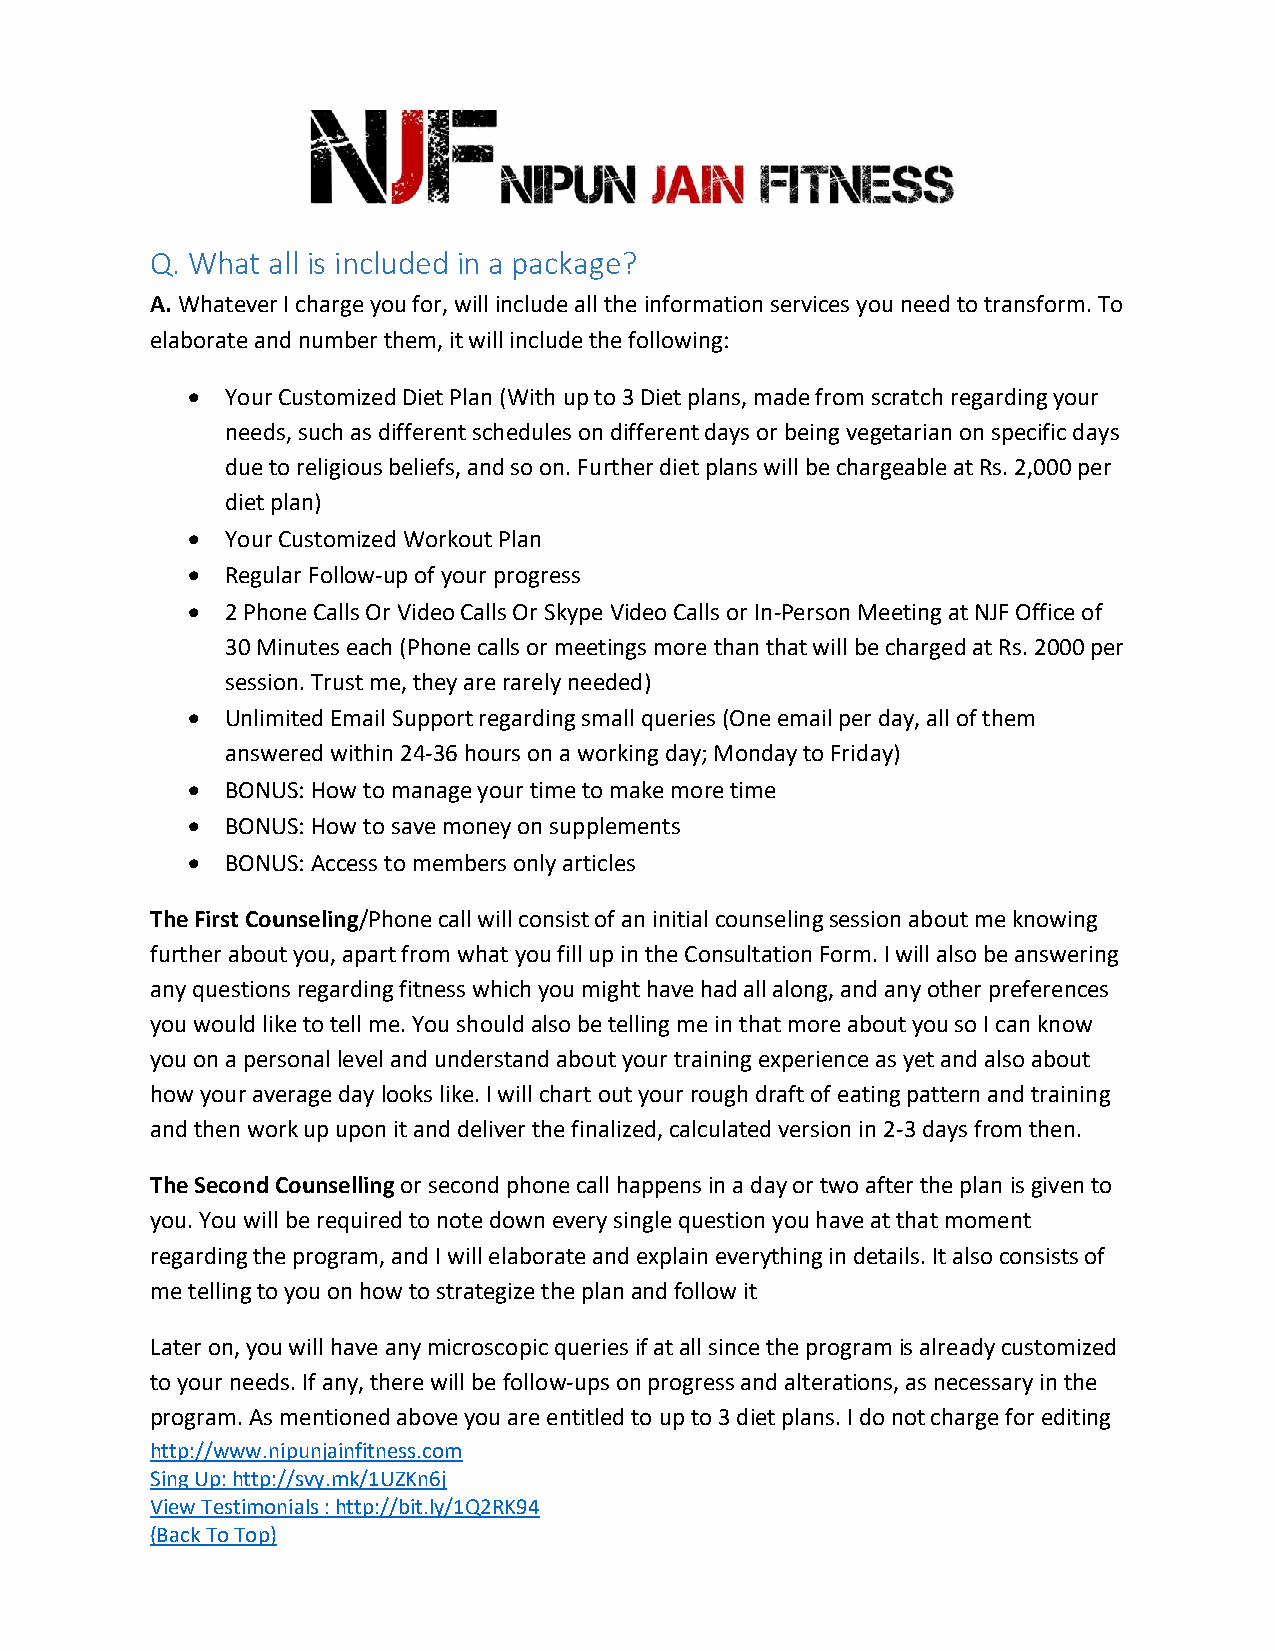
Q. What all is included in a package?
 A. Whatever I charge you for, will include all the information services you need to transform. To
 elaborate and number them, it will include the following:
 •  Your Customized Diet Plan (With up to 3 Diet plans, made from scratch regarding your
 needs, such as different schedules on different days or being vegetarian on specific days
 due to religious beliefs, and so on. Further diet plans will be chargeable at Rs. 2,000 per
 diet plan)
 •  Your Customized Workout Plan
 •  Regular Follow-up of your progress
 •  2 Phone Calls Or Video Calls Or Skype Video Calls or In-Person Meeting at NJF Office of
 30 Minutes each (Phone calls or meetings more than that will be charged at Rs. 2000 per
 session. Trust me, they are rarely needed)
 •  Unlimited Email Support regarding small queries (One email per day, all of them
 answered within 24-36 hours on a working day; Monday to Friday)
 •  BONUS: How to manage your time to make more time
 •  BONUS: How to save money on supplements
 •  BONUS: Access to members only articles
 The First Counseling/Phone call will consist of an initial counseling session about me knowing
 further about you, apart from what you fill up in the Consultation Form. I will also be answering
 any questions regarding fitness which you might have had all along, and any other preferences
 you would like to tell me. You should also be telling me in that more about you so I can know
 you on a personal level and understand about your training experience as yet and also about
 how your average day looks like. I will chart out your rough draft of eating pattern and training
 and then work up upon it and deliver the finalized, calculated version in 2-3 days from then.
 The Second Counselling or second phone call happens in a day or two after the plan is given to
 you. You will be required to note down every single question you have at that moment
 regarding the program, and I will elaborate and explain everything in details. It also consists of
 me telling to you on how to strategize the plan and follow it
 Later on, you will have any microscopic queries if at all since the program is already customized
 to your needs. If any, there will be follow-ups on progress and alterations, as necessary in the
 program. As mentioned above you are entitled to up to 3 diet plans. I do not charge for editing
 http://www.nipunjainfitness.com
 Sing Up: http://svy.mk/1UZKn6j
 View Testimonials : http://bit.ly/1Q2RK94
 (Back To Top)